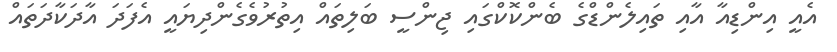
އެއީ އިންޑިއާ އާއި ތައިލެންޑްގެ ބެންކޮކްގައި ޖިންސީ ބަލިތައް އިތުރުވެގެންދިޔައީ އެފަދަ އާދަކާދަތައް